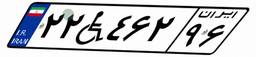
۲۲W۴۶۲۹۶